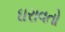
ઘરાવતો